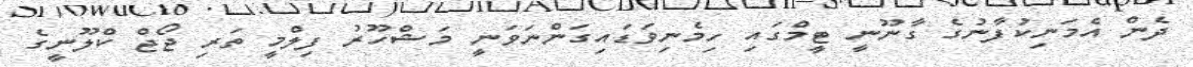
ދެން އެމަނިކުފާނުގެ ގާނޫނީ ޓީމްގައި ހިމެނިވަޑައިގަންނަވަނީ މަޝްހޫރު ފިލްމީ ތަރި ޖޯޖް ކްލޫނީގެ